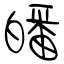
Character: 皤